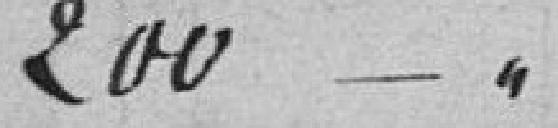
200